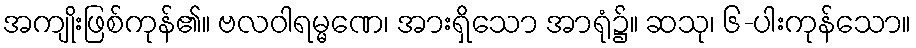
အကျိုးဖြစ်ကုန်၏။ ဗလဝါရမ္မဏေ၊ အားရှိသော အာရုံ၌။ ဆသု၊ ၆-ပါးကုန်သော။